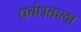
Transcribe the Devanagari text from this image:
प्रबंधकला